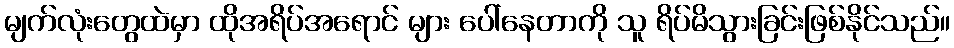
မျက်လုံးတွေထဲမှာ ထိုအရိပ်အရောင် များ ပေါ်နေတာကို သူ ရိပ်မိသွားခြင်းဖြစ်နိုင်သည်။